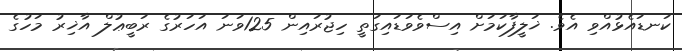
ކަނޑައެޅުއްވި އެވެ. ޚަލީފާކަމަށް އިސްވެވަޑައިގަތީ ހިޖުރައިން 125ވަނަ އަހަރުގެ ރަބީޢުލް އާޚިރު މަހުގެ